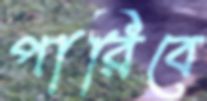
পারিবে